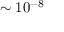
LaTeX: \sim 1 0 ^ { - 8 }